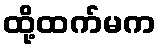
ထို့ထက်မက